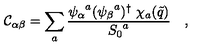
{ \cal C } _ { \alpha \beta } = \sum _ { a } { \frac { { \psi _ { \alpha } } ^ { a } ( { \psi _ { \beta } } ^ { a } ) ^ { \dagger } \ \chi _ { a } ( \tilde { q } ) } { { S _ { 0 } } ^ { a } } } \quad ,